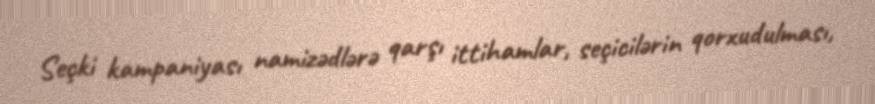
Seçki kampaniyası namizədlərə qarşı ittihamlar, seçicilərin qorxudulması,